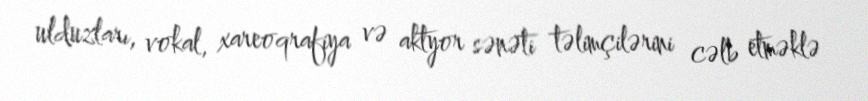
ulduzları, vokal, xareoqrafiya və aktyor sənəti təlimçilərini cəlb etməklə